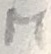
Text: M